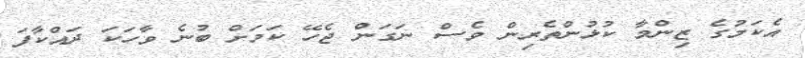
އެކަމުގެ ޒިންމާ ކުޅުންތެރިން ވެސް ނަގަން ޖެހޭ ކަމަށް ބުނެ ވާހަކަ ދައްކާފަ